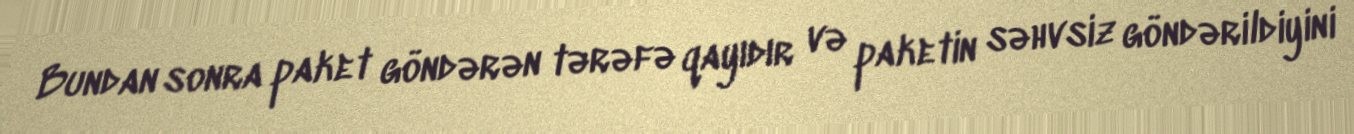
Bundan sonra paket göndərən tərəfə qayıdır və paketin səhvsiz göndərildiyini